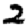
Digit: 2